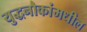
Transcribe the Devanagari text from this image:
युद्धनौकांमधील